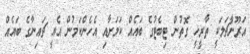
އަރޫނާޗަލަކީ ތާރީޚީ ގޮތުން ޓިބެޓުގެ ބައެއް ކަމަށާއި އެހެންކަމުން އެއީ ޗައިނާގެ ބައެއް